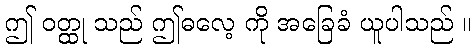
ဤ ဝတ္ထု သည် ဤဓလေ့ ကို အခြေခံ ယူပါသည် ။